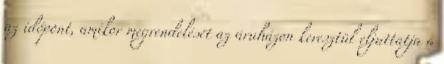
az időpont, amikor megrendelését az áruházon keresztül eljuttatja a